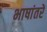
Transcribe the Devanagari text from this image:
भाषांतरें